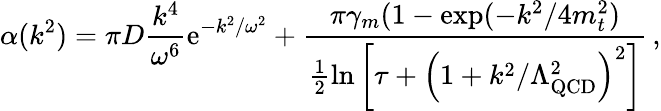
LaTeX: \alpha(k^{2})=\pi D\frac{k^{4}}{\omega^{6}}\mathrm{e}^{-k^{2}/\omega^{2}}+\frac{\pi\gamma_{m}(1-\exp(-k^{2}/4m_{t}^{2})}{\frac{1}{2}\ln\left[\tau+\left(1+k^{2}/\Lambda_{\mathrm{QCD}}^{2}\right)^{2}\right]}\, ,